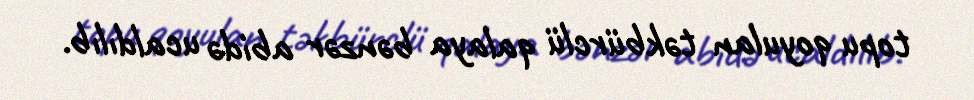
topu qoyulan təkbürclü qalaya bənzər abidə ucaldılıb.